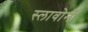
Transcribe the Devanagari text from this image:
स्लावोनी